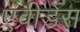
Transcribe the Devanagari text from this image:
एवीडेंस